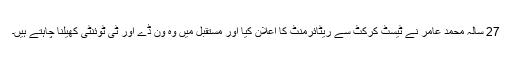
27 سالہ محمد عامر نے ٹیسٹ کرکٹ سے ریٹائرمنٹ کا اعلان کیا اور مستقبل میں وہ ون ڈے اور ٹی ٹوئنٹی کھیلنا چاہتے ہیں۔